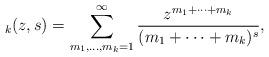
LaTeX: \begin{align*}_k(z,s)=\sum_{m_1,\ldots,m_k=1}^\infty\frac{z^{m_1+\dots+m_k}}{(m_1+\dots+m_k)^{s}},\end{align*}